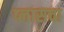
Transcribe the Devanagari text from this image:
प्लासचा